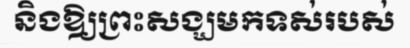
និងឱ្យព្រះសង្ឃមកទស់របស់